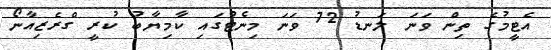
އެޓީމުގެ ތިން ވަނަ ލަނޑު 72 ވަނަ މިނެޓުގައި ކާމިޔާބު ކުރީ ގްރެޒިއާނޯ